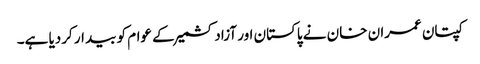
کپتان عمران خان نے پاکستان اور آزادکشمیر کے عوام کو بیدار کردیا ہے۔